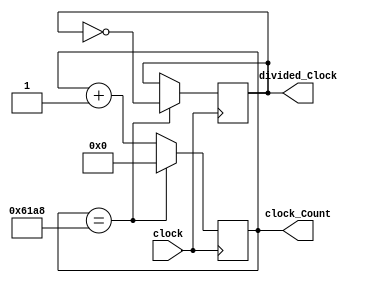
//Gabriel Altman
//ECEN2350 Digital Logic
//April, 2018

module clock_Divider(clock, divided_Clock, clock_Count );

parameter q = 25000;

input clock;

//output divided_Clock;
output reg divided_Clock;
output reg [25:0]clock_Count;

//reg div;
//reg [25:0]clock_Count;

//wire [25:0]clock_Count;

always@(posedge clock) 
	begin
	clock_Count <= clock_Count + 1;
	if (clock_Count == q)
		begin
		clock_Count <= 0;
		//div <= !div;
		divided_Clock <= !divided_Clock;
		end
	end
//assign divided_Clock = div;	
endmodule